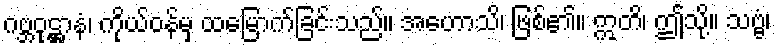
ဂဗ္ဘဝုဋ္ဌာနံ၊ ကိုယ်ဝန်မှ ထမြောက်ခြင်းသည်။ အဟောသိ၊ ဖြစ်၏။ ဣတိ၊ ဤသို့။ သဗ္ဗံ၊